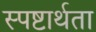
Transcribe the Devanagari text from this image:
स्पष्टार्थता